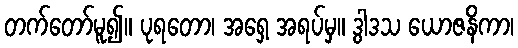
တက်တော်မူ၍။ ပုရတော၊ အရှေ့ အရပ်မှ။ ဒွါဒသ ယောဇနိကာ၊